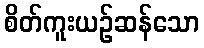
စိတ်ကူးယဉ်ဆန်သော